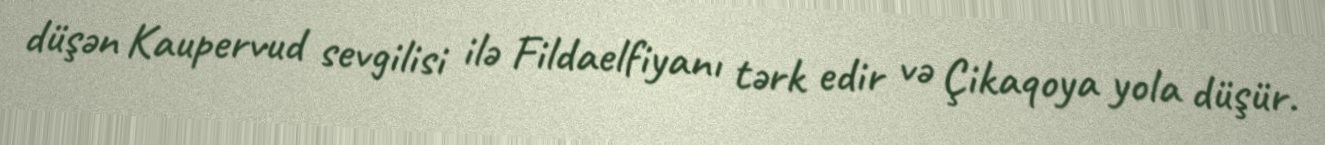
düşən Kaupervud sevgilisi ilə Fildaelfiyanı tərk edir və Çikaqoya yola düşür.